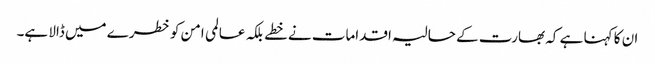
ان کا کہنا ہے کہ بھارت کے حالیہ اقدامات نے خطے بلکہ عالمی امن کو خطرے میں ڈالا ہے۔